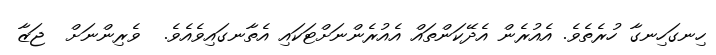
ހިނގަހިނގާ ހުރެތެވެ. އެއުރެން އެދޭކަންތައް އެއުރެންނަށްޓަކައި އެތާނގައިވެއެވެ.  ވެރިންނަށް  ޖަޒާ